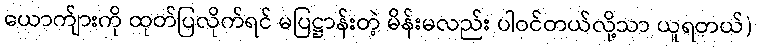
ယောက်ျားကို ထုတ်ပြလိုက်ရင် မပြဋ္ဌာန်းတဲ့ မိန်းမလည်း ပါဝင်တယ်လို့သာ ယူရတယ်)